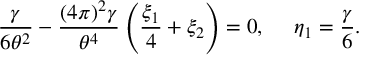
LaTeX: \frac { \gamma } { 6 \theta ^ { 2 } } - \frac { ( 4 \pi ) ^ { 2 } \gamma } { \theta ^ { 4 } } \left( \frac { \xi _ { 1 } } { 4 } + \xi _ { 2 } \right) = 0 , \ \ \ \ \eta _ { 1 } = \frac { \gamma } { 6 } .